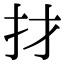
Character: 𢩱